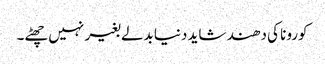
کورونا کی دھند شاید دنیا بدلے بغیر نہیں چھٹے۔